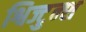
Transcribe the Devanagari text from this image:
श्विज्टुन्श